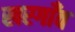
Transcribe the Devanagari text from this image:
खरगाँव